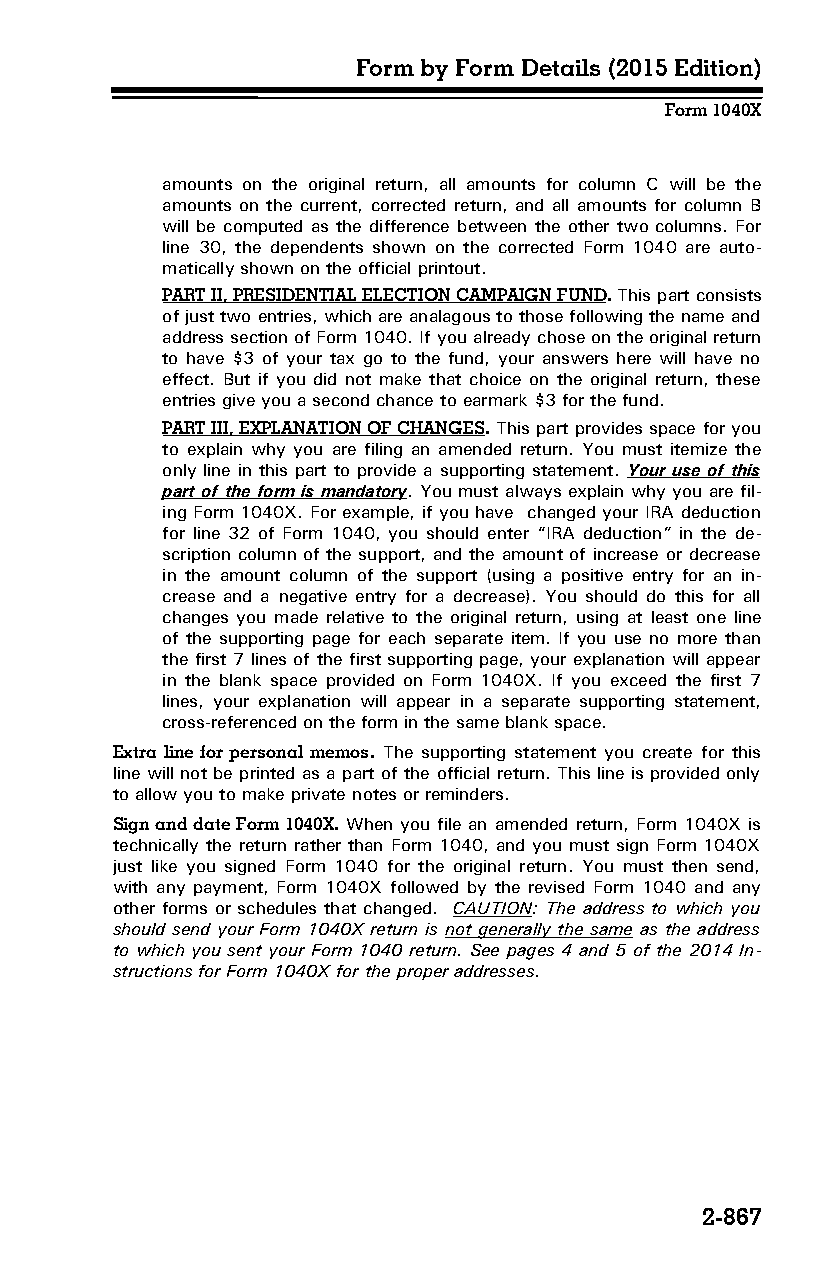
Form by Form Details (2015 Edition)
 Form 1040X
 amounts on the original return, all amounts for column C will be the
 amounts on the current, corrected return, and all amounts for column B
 will be computed as the difference between the other two columns. For
 line 30, the dependents shown on the corrected Form 1040 are auto­
 matically shown on the official printout.
 PART II, PRESIDENTIAL ELECTION CAMPAIGN FUND. This part consists
 of just two entries, which are analagous to those following the name and
 address section of Form 1040. If you already chose on the original return
 to have $3 of your tax go to the fund, your answers here will have no
 effect. But if you did not make that choice on the original return, these
 entries give you a second chance to earmark $3 for the fund.
 PART III, EXPLANATION OF CHANGES. This part provides space for you
 to explain why you are filing an amended return. You must itemize the
 only line in this part to provide a supporting statement. Your use of this
 part of the form is mandatory. You must always explain why you are fil­
 ing Form 1040X. For example, if you have changed your IRA deduction
 for line 32 of Form 1040, you should enter “IRA deduction” in the de­
 scription column of the support, and the amount of increase or decrease
 in the amount column of the support (using a positive entry for an in­
 crease and a negative entry for a decrease). You should do this for all
 changes you made relative to the original return, using at least one line
 of the supporting page for each separate item. If you use no more than
 the first 7 lines of the first supporting page, your explanation will appear
 in the blank space provided on Form 1040X. If you exceed the first 7
 lines, your explanation will appear in a separate supporting statement,
 cross-referenced on the form in the same blank space.
 Extra line for personal memos. The supporting statement you create for this
 line will not be printed as a part of the official return. This line is provided only
 to allow you to make private notes or reminders.
 Sign and date Form 1040X. When you file an amended return, Form 1040X is
 technically the return rather than Form 1040, and you must sign Form 1040X
 just like you signed Form 1040 for the original return. You must then send,
 with any payment, Form 1040X followed by the revised Form 1040 and any
 other forms or schedules that changed. CAUTION: The address to which you
 should send your Form 1040X return is not generally the same as the address
 to which you sent your Form 1040 return. See pages 4 and 5 of the 2014 In­
 structions for Form 1040X for the proper addresses.
 2-867